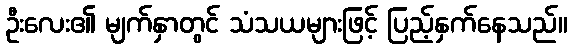
ဦးလေး၏ မျက်နှာတွင် သံသယများဖြင့် ပြည့်နှက်နေသည်။